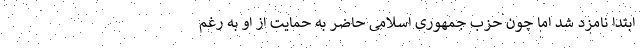
ابتدا نامزد شد اما چون حزب جمهوری اسلامی حاضر به حمایت از او به رغم